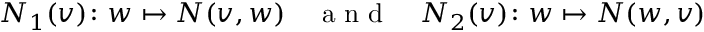
N _ { 1 } ( v ) \colon w \mapsto N ( v , w ) \quad \mathrm { ~ a ~ n ~ d ~ } \quad N _ { 2 } ( v ) \colon w \mapsto N ( w , v )